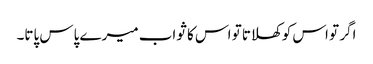
اگر تو اس کو کھلاتا تو اس کا ثواب میرے پاس پاتا۔